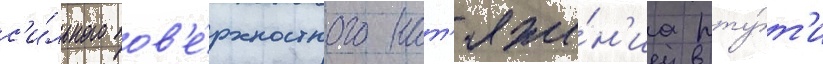
с'и́льного пов'е́рхностного нат'яже́н'иа рту́т'и